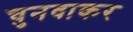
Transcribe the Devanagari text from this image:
चुनवाकर